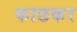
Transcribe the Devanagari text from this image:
काछकर